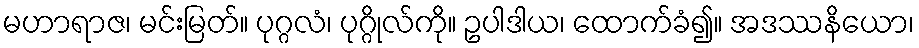
မဟာရာဇ၊ မင်းမြတ်။ ပုဂ္ဂလံ၊ ပုဂ္ဂိုလ်ကို။ ဥပါဒါယ၊ ထောက်ခံ၍။ အဒဿနိယော၊